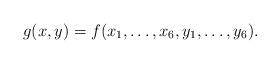
LaTeX: \begin{align*}g(x,y)=f(x_1,\ldots,x_6,y_1,\ldots,y_6).\end{align*}